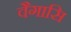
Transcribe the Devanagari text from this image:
वैगासि